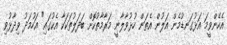
އެހެންވީމަ އަޅުގަނޑުމެން އަލުން އެތަން ހުޅުވާލާނީ މަރާމާތުކޮށް ބަދަލުތަކަކާ އެކުގައި" އަހުމަދު ވިދާޅުވި